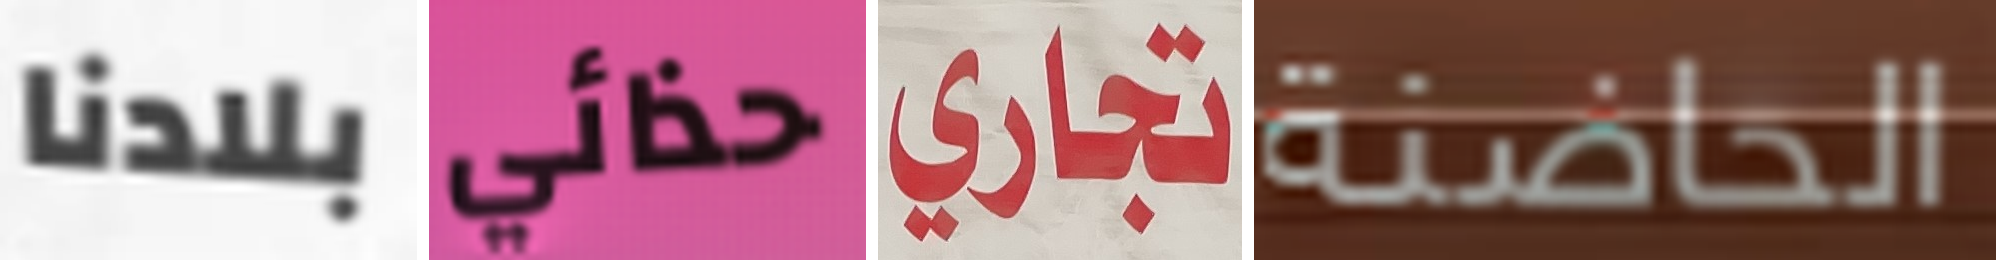
بلادنا حذائي تجاري الحاضنة